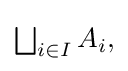
{\textstyle \bigsqcup _{i\in I}A_{i},}